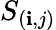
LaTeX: S_{(\mathbf{i},j)}